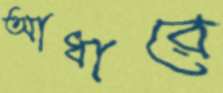
আধারে